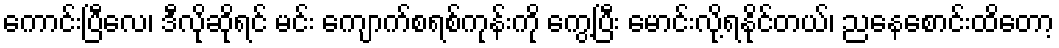
ကောင်းပြီလေ၊ ဒီလိုဆိုရင် မင်း ကျောက်စရစ်ကုန်းကို ကွေ့ပြီး မောင်းလို့ရနိုင်တယ်၊ ညနေစောင်းထိတော့